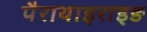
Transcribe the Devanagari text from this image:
पैराथाइराइङ